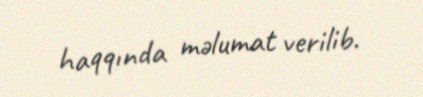
haqqında məlumat verilib.